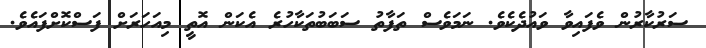
ސަރުކާރުން ވެފައިވާ ވައުދެކެވެ. ނަމަވެސް ތަފާތު ސަބަބުތަކާހުރެ އެކަން އޮތީ މިއަހަރަށް ފަސްކޮށްފައެވެ.